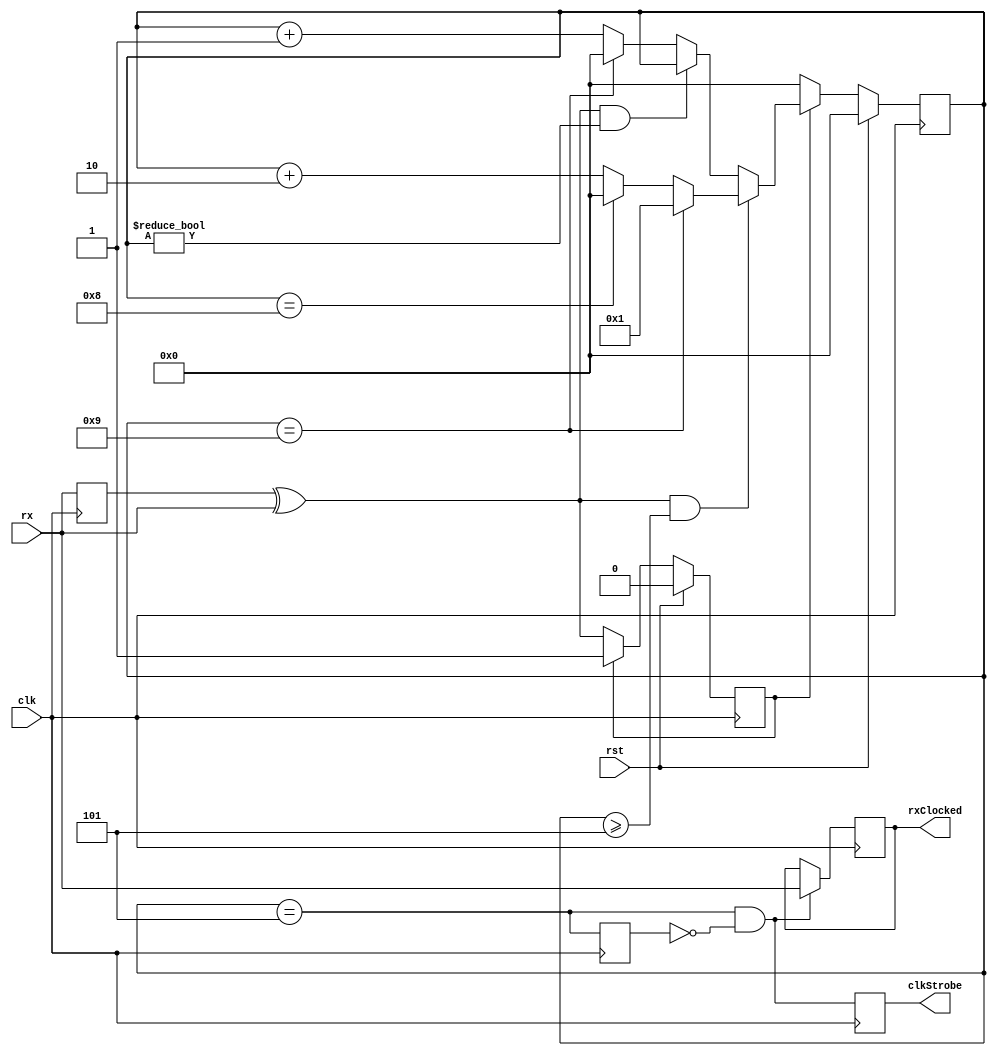
module ClkRecoverSetCounter #(
    parameter TARGET_PERIOD = 10 
)
(
    input clk,        
    input rst,        
    input rx,         
    output reg clkStrobe, 
    output reg rxClocked  
);
parameter PHASE_HIGH = $clog2(TARGET_PERIOD-1) - 1;
wire intClk; 
reg [PHASE_HIGH:0] phaseAccum; 
reg intClkD1; 
reg rxD1;     
reg started;  
wire refClk;
reg isZero;
assign refClk = (phaseAccum == 'd0) && ~isZero;
always @(posedge clk) begin
    isZero <= phaseAccum == 'd0;
end
assign intClk = (phaseAccum == (TARGET_PERIOD>>1));
always @(posedge clk) begin
    rxD1 <= rx;
    intClkD1  <= intClk;
    clkStrobe <= intClk & ~intClkD1;
    rxClocked <= (intClk & ~intClkD1) ? rx : rxClocked;
end
always @(posedge clk) begin
    if (rst) begin
        phaseAccum <= 'd0;
        started    <= 1'b0;
    end
    else begin
        if (started) begin
            if ((rxD1 ^ rx) && (phaseAccum >= (TARGET_PERIOD>>1))) begin
                if (phaseAccum == TARGET_PERIOD-1) begin
                    phaseAccum <= 'd1;
                end
                else if (phaseAccum == TARGET_PERIOD-2) begin
                    phaseAccum <= 'd0;
                end
                else begin
                    phaseAccum <= phaseAccum + 2'd2;
                end
            end
            else if ((rxD1 ^ rx) && (phaseAccum != 'd0)) begin
                phaseAccum <= phaseAccum;
            end
            else if (phaseAccum == TARGET_PERIOD-1) begin
                phaseAccum <= 'd0;
            end
            else begin
                phaseAccum <= phaseAccum + 2'd1;
            end
        end
        else begin
            started <= rxD1 ^ rx;
            phaseAccum <= 'd0;
        end
    end
end
endmodule